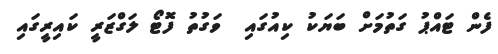
ފެން ޓައްޕު ގަތުމަށް ބަޔަކު ކިއުގައި  ވަގުތު ފޮޓޯ ލަގްޒަރީ ކައިރީގައި